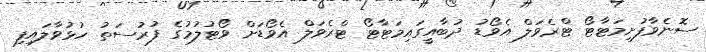
ސޮނެވާފުށިމަޓާޓޯ ޓްރެވަލް އެވޯޑު ދުބާއީގައިމަޓާޓޯ ޓްރެވަލް އެވޯޑަށް ވޯޓުލުމުގެ ފުރުސަތު ހުޅުވާލައިފި